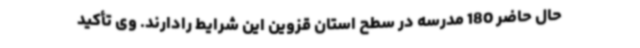
حال حاضر 180 مدرسه در سطح استان قزوین این شرایط رادارند. وی تأکید